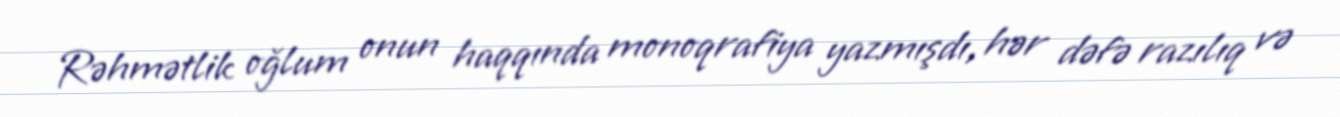
Rəhmətlik oğlum onun haqqında monoqrafiya yazmışdı, hər dəfə razılıq və